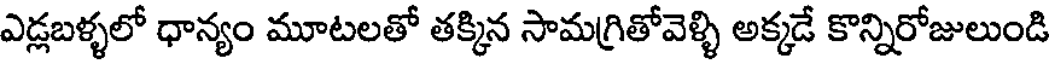
ఎడ్లబళ్ళలో ధాన్యం మూటలతో తక్కిన సామగ్రితోవెళ్ళి అక్కడే కొన్నిరోజులుండి